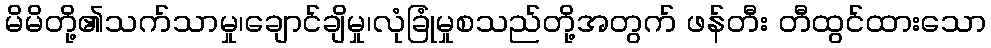
မိမိတို့၏သက်သာမှု၊ချောင်ချိမှု၊လုံခြုံမှုစသည်တို့အတွက် ဖန်တီး တီထွင်ထားသော